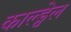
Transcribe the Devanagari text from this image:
काल्ड्वेल